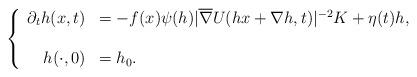
LaTeX: \begin{align*}\left\{\begin{array}{rl}\partial_th(x,t)&=-f(x){\psi}(h)|\overline{\nabla} U(hx+\nabla h,t)|^{-2} K+\eta(t)h,\\\\h(\cdot,0)&=h_0.\end{array}\right.\end{align*}